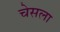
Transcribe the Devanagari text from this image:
चेसला